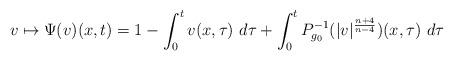
LaTeX: \begin{align*}v \mapsto \Psi(v)(x,t) = 1 - \int_0^t v(x,\tau)\ d\tau + \int_0^t P_{g_0}^{-1} (|v|^{\frac{n+4}{n-4}})(x,\tau)\ d\tau\end{align*}